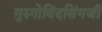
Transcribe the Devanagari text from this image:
गुरुगोविंदसिंगजी